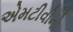
એમટીવીનો